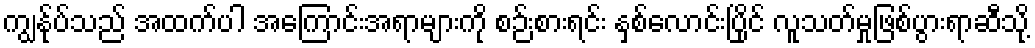
ကျွန်ုပ်သည် အထက်ပါ အကြောင်းအရာများကို စဉ်းစားရင်း နှစ်လောင်းပြိုင် လူသတ်မှုဖြစ်ပွားရာဆီသို့